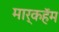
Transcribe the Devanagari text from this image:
मार्कहॅम